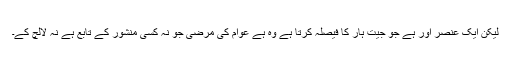
لیکن ایک عنصر اور ہے جو جیت ہار کا فیصلہ کرتا ہے وہ ہے عوام کی مرضی جو نہ کسی منشور کے تابع ہے نہ لالچ کے۔